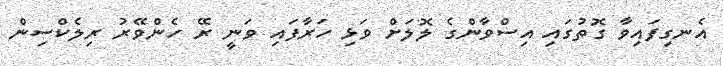
އެނގިފައިވާ ގޮތުގައި އިސްވާންގެ ލޮލަށް ވަޅި ހަރާފައި ވަނީ ރޭ ހެންވޭރު ރިލެކްސިން